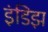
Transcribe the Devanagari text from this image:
इंडिझ